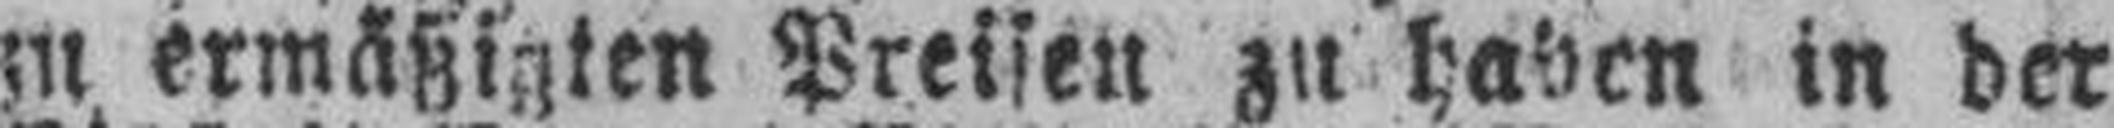
zu ermäßigten Preisen zu haben in der